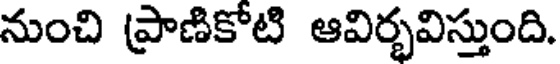
నుంచి ప్రాణికోటి ఆవిర్భవిస్తుంది.